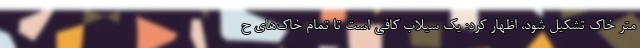
متر خاک تشکیل شود، اظهار کرد: یک سیلاب کافی است تا تمام خاک‌های ح